NAE_ERA_R-2362_Emakeele_Selts, lk 18
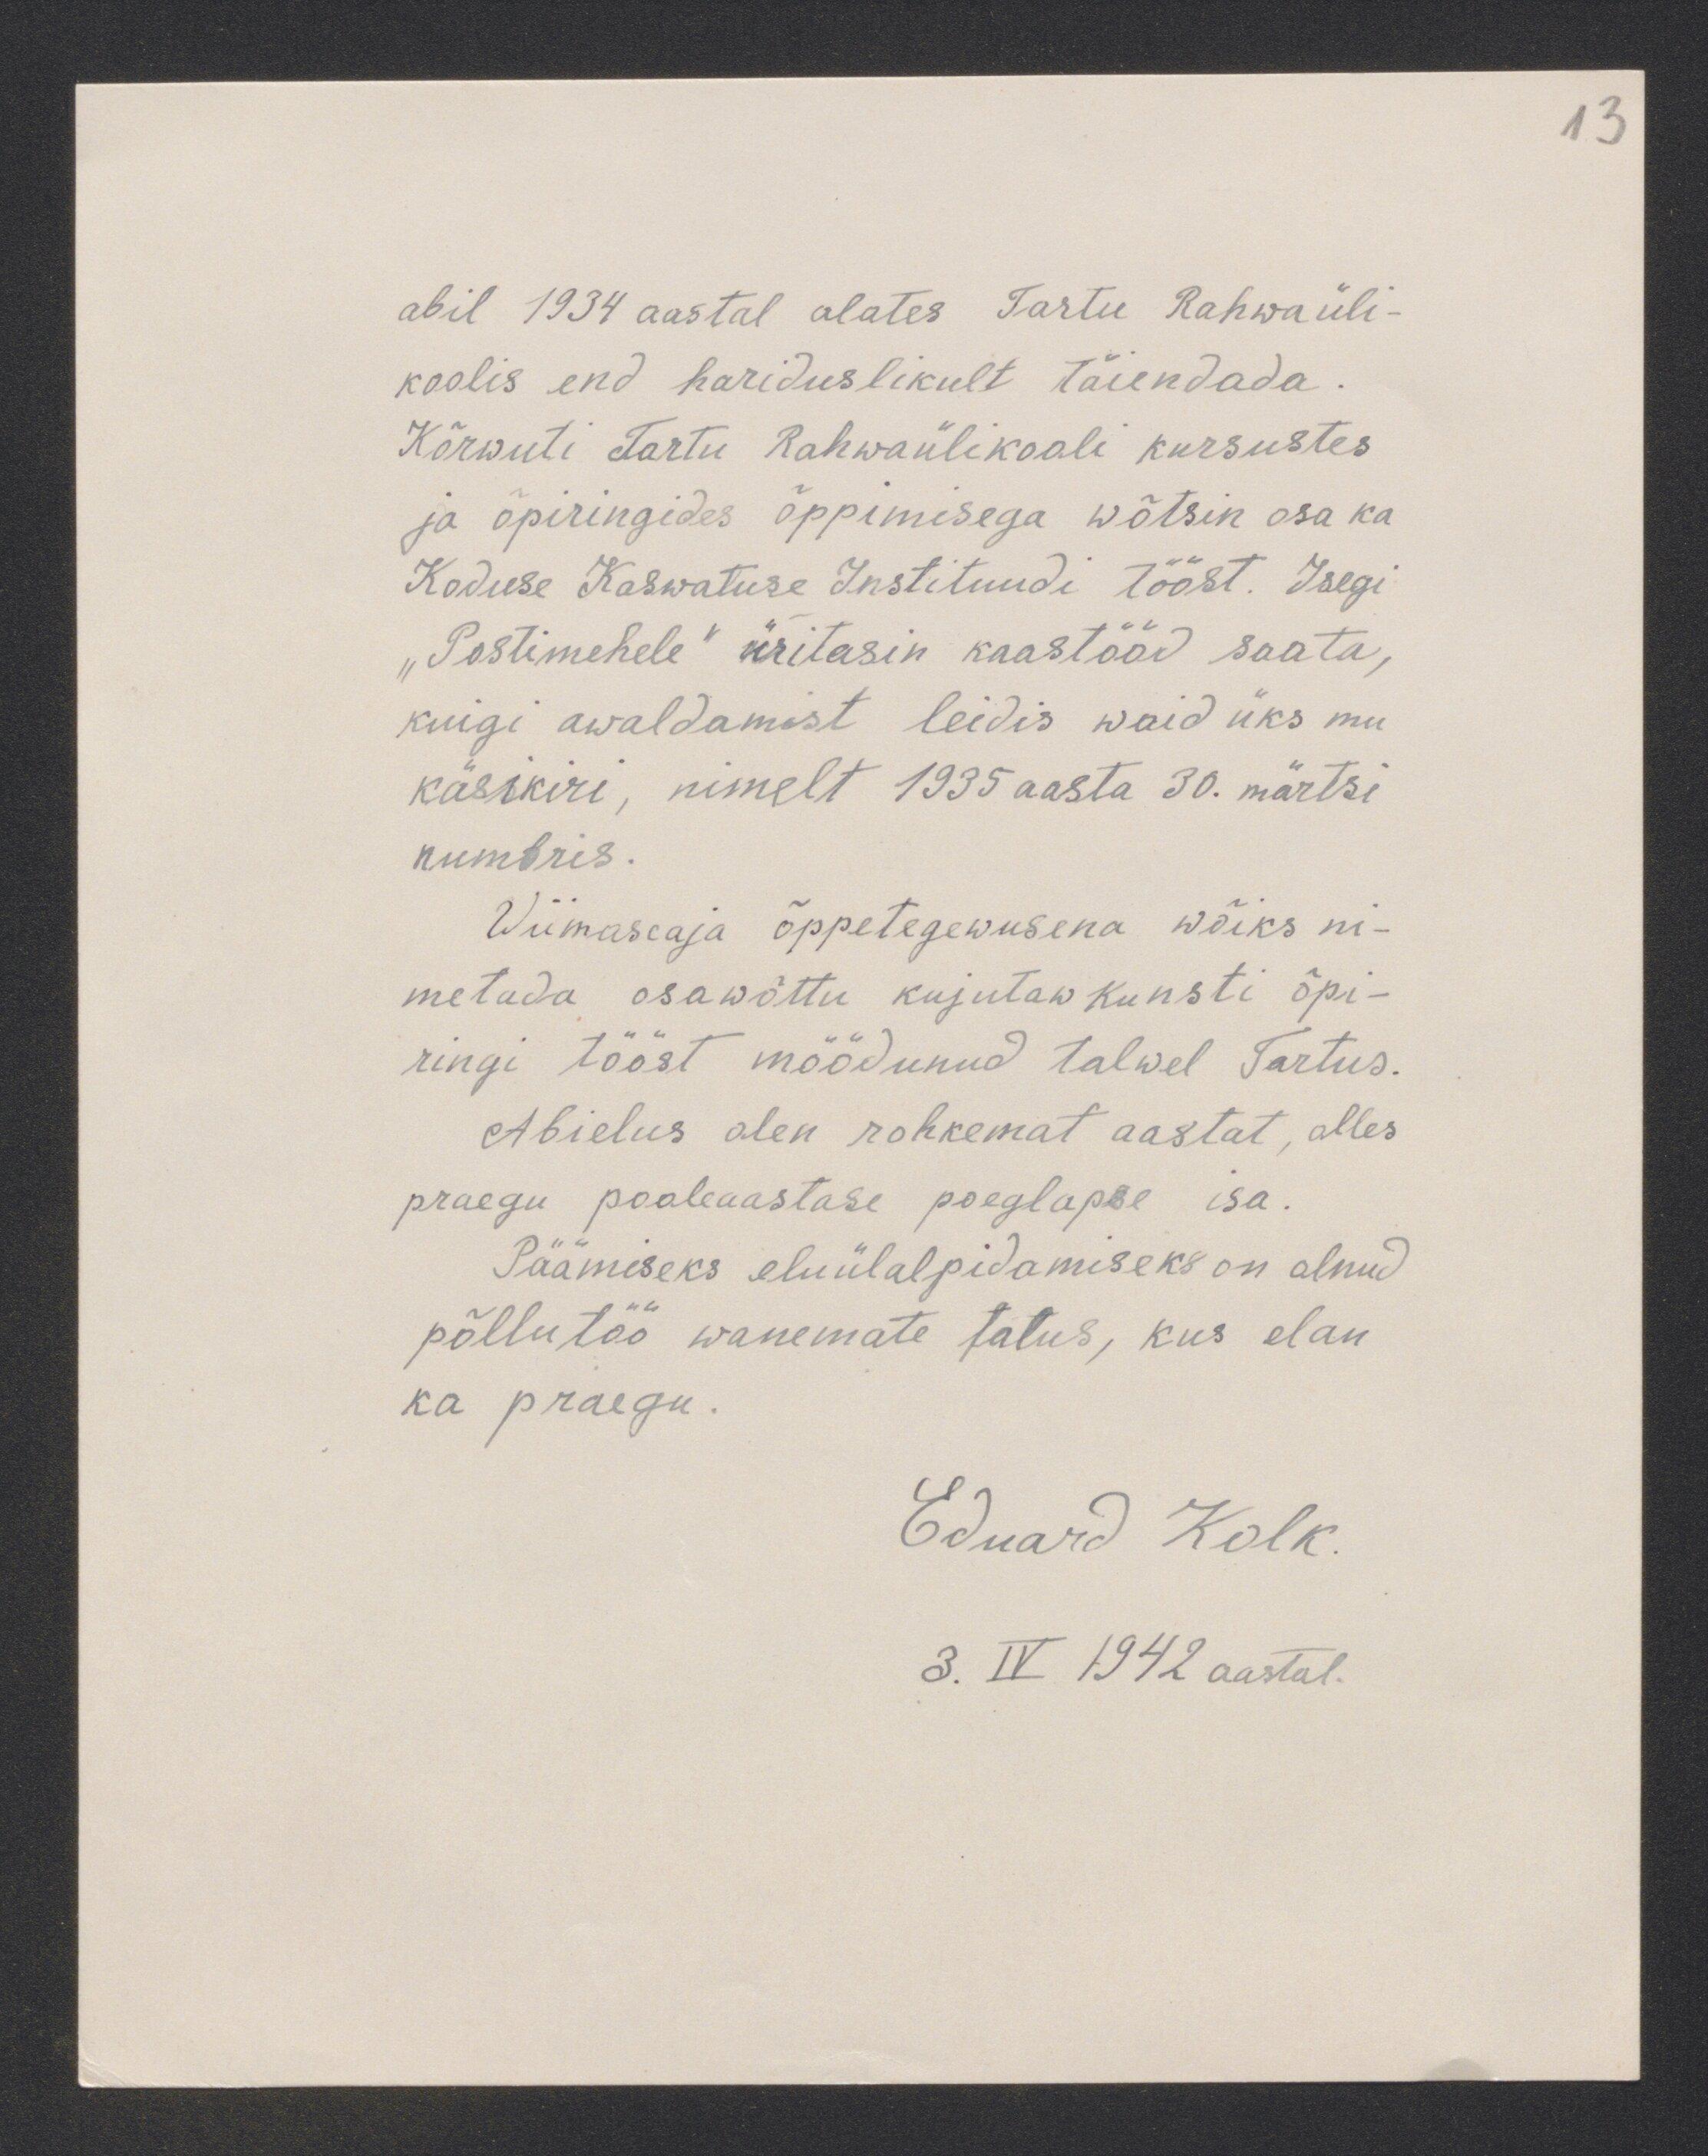
13

abil 1934 aastal alates Tartu Rahwaüli-
koolis end hariduslikult täiendada.
Kõrwuti Tartu Rahwaülikooli kursustes
ja õpiringides õppimisega wõtsin osa ka
Koduse Kaswatuse Instituudi tööst. Isegi
"Postimehele" üritasin kaastööd saata,
kuigi awaldamist leidis waid üks mu
käsikiri, nimelt 1935 aasta 30. märtsi
numbris.
Wiimaseaja õppetegewusena wõiks ni-
metada osawõttu kujutaw kunsti õpi-
ringi tööst möödunud talwel Tartus.
Abielus olen rohkemat aastat, alles
praegu pooleaastase poeglapse isa.
Päämiseks eluülalpidamiseks on olnud
põllutöö wanemate talus, kus elan
ka praegu.
Eduard Kolk.
3. IV 1942 aastal.